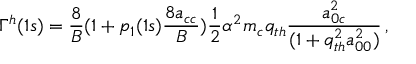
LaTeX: \Gamma ^ { h } ( 1 s ) = \frac { 8 } { B } ( 1 + p _ { 1 } ( 1 s ) \frac { 8 a _ { c c } } { B } ) \frac { 1 } { 2 } \alpha ^ { 2 } m _ { c } q _ { t h } \frac { a _ { 0 c } ^ { 2 } } { ( 1 + q _ { t h } ^ { 2 } a _ { 0 0 } ^ { 2 } ) } \, ,